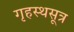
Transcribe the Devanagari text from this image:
गृहस्थसूत्र